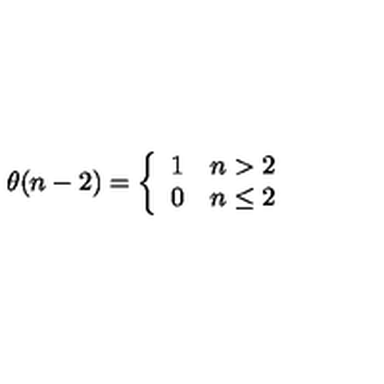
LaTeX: \theta ( n - 2 ) = \left\{ \begin{array} { l l } { 1 } & { n > 2 } \\ { 0 } & { n \leq 2 } \\ \end{array} \right.